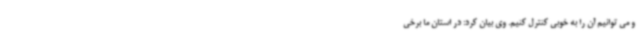
و می توانیم آن را به خوبی کنترل کنیم. وی بیان کرد: در استان ما برخی